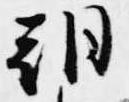
朝